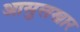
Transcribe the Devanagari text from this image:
आसुलखार